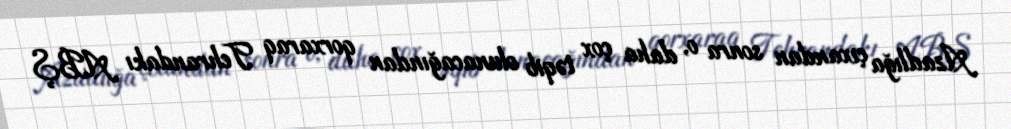
Azadlığa çıxandan sonra o, daha çox təqib olunacağından qorxaraq Tehrandakı ABŞ